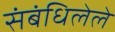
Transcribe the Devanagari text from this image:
संबंधिलेले